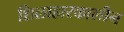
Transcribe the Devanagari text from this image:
शिलाहारकालीन